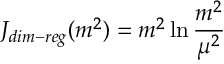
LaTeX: J _ { d i m - r e g } ( m ^ { 2 } ) = m ^ { 2 } \ln { \frac { m ^ { 2 } } { \mu ^ { 2 } } }